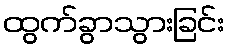
ထွက်ခွာသွားခြင်း